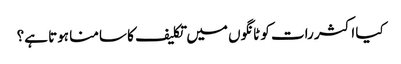
کیا اکثر رات کو ٹانگوں میں تکلیف کا سامنا ہوتا ہے؟